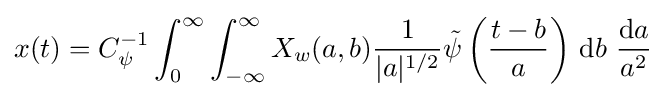
x(t)=C_{\psi }^{-1}\int _{0}^{\infty }\int _{-\infty }^{\infty }X_{w}(a,b){\frac {1}{|a|^{1/2}}}{\tilde {\psi }}\left({\frac {t-b}{a}}\right)\,\mathrm {d} b\ {\frac {\mathrm {d} a}{a^{2}}}